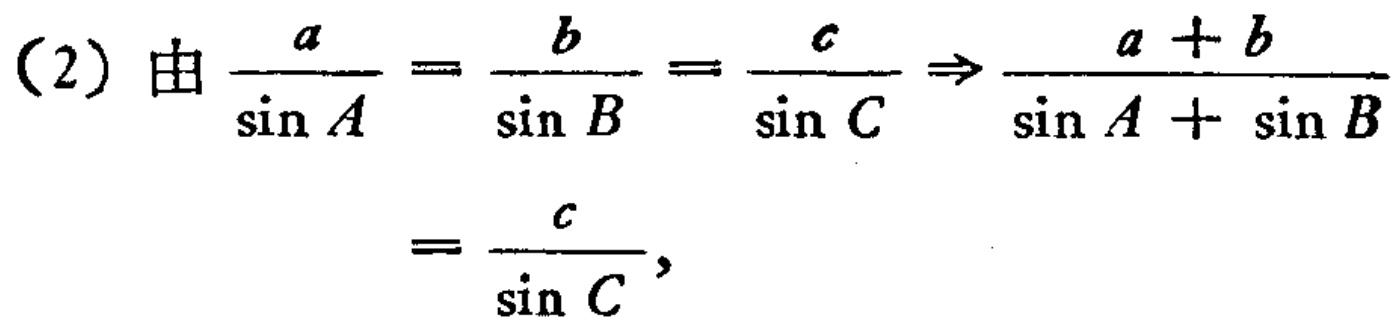
（2）由\(\frac{a}{\sin A}=\frac{b}{\sin B}=\frac{c}{\sin C}\Rightarrow\frac{a + b}{\sin A+\sin B}=\frac{c}{\sin C}\)